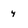
Character: 4